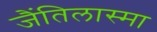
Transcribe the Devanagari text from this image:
जैंतिलास्मा